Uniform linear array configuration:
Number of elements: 32
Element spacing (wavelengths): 0.5
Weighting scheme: blackman
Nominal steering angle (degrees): -15
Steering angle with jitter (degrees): -15.601
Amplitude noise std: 0.05
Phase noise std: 0.05

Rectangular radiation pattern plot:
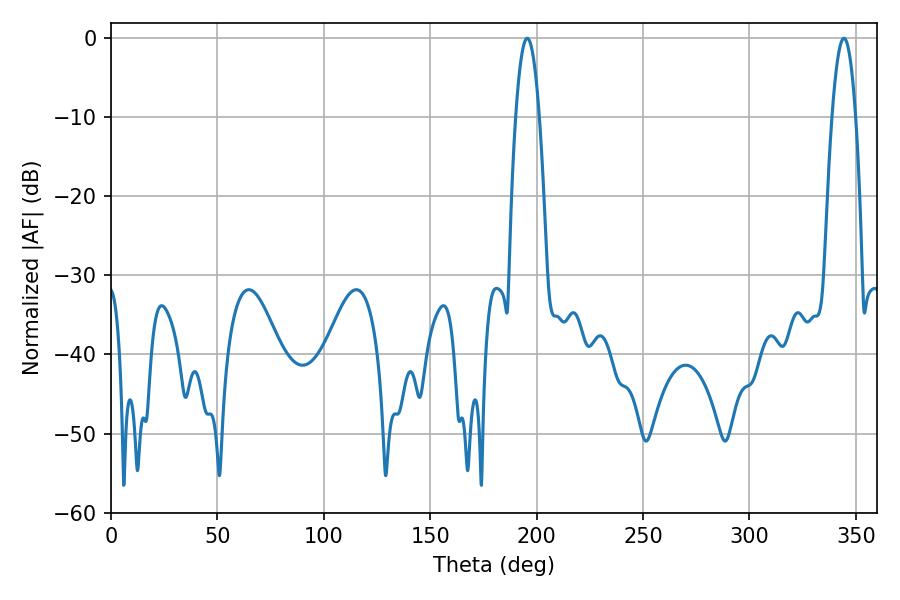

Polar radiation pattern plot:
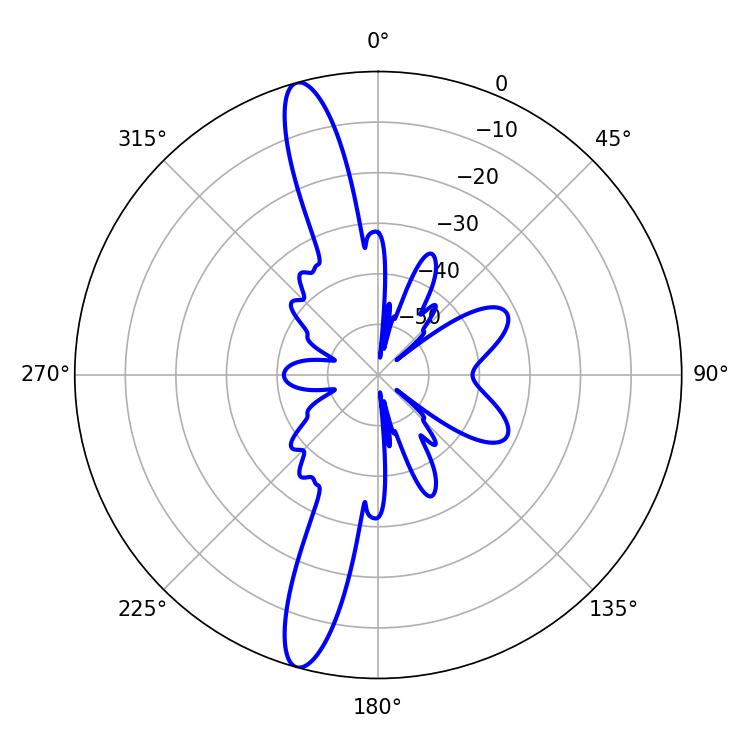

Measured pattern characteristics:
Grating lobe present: FALSE
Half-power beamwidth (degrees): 6.12
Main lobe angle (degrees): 195.66